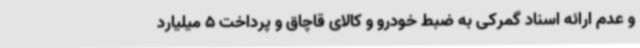
و عدم ارائه اسناد گمرکی به ضبط خودرو و کالای قاچاق و پرداخت 5 میلیارد